Reports on military cantonments and civil stations in the Presidency of Bombay inspected by the Sanitary Commissioner in the years 1875 and 1876
Year: 1875
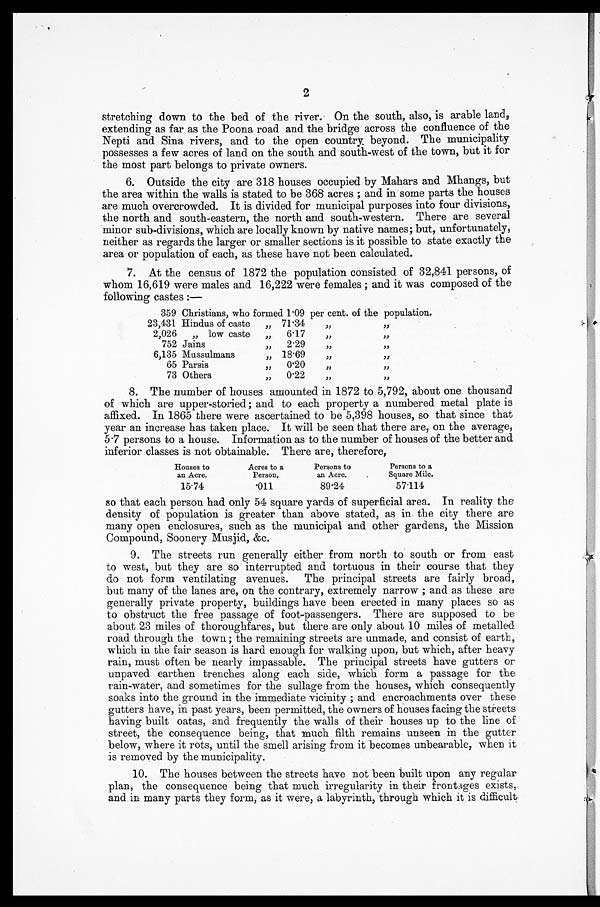
2
stretching down to the bed of the river. On the south, also, is arable land,
extending as far as the Poona road and the bridge across the confluence of the
Nepti and Sina rivers, and to the open country beyond. The municipality
possesses a few acres of land on the south and south-west of the town, but it for
the most part belongs to private owners.
6. Outside the city are 318 houses occupied by Mahars and Mhangs, but
the area within the walls is stated to be 368 acres; and in some parts the houses
are much overcrowded. It is divided for municipal purposes into four divisions,
the north and south-eastern, the north and south-western. There are several
minor sub-divisions, which are locally known by native names; but, unfortunately,
neither as regards the larger or smaller sections is it possible to state exactly the
area or population of each, as these have not been calculated.
7. At the census of 1872 the population consisted of 32,841 persons, of
whom 16,619 were males and 16,222 were females; and it was composed of the
following castes:—
359 Christians, who formed 1.09 per cent. of the population.
23,431 Hindus of caste „ 71.34
„ „
2,026
„
low caste „ 6.17
„ „
752 Jains „ 2.29
„ „
6,135 Mussulmans „ 18.69
„ „
65 Parsis „0.20 „ „
73 Others „ 0.22
„ „
8. The number of houses amounted in 1872 to 5,792, about one thousand
of which are upper-storied; and to each property a numbered metal plate is
affixed. In 1865 there were ascertained to be 5,398 houses, so that since that
year an increase has taken place. It will be seen that there are, on the average,
5.7 persons to a house. Information as to the number of houses of the better and
inferior classes is not obtainable. There are, therefore,
Houses to
an Acre.
Acres to a
Person.
Persons to
an Acre.
Persons to a
Square Mile.
15.74
. 0 1 1
89.24
57.114
so that each person had only 54 square yards of superficial area. In reality the
density of population is greater than above stated, as in the city there are
many open enclosures, such as the municipal and other gardens, the Mission
Compound, Soonery Musjid, &c.
9. The streets run generally either from north to south or from east
to west, but they are so interrupted and tortuous in their course that they
do not form ventilating avenues. The principal streets are fairly broad,
but many of the lanes are, on the contrary, extremely narrow; and as these are
generally private property, buildings have been erected in many places so as
to obstruct the free passage of foot-passengers. There are supposed to be
about 23 miles of thoroughfares, but there are only about 10 miles of metalled
road through the town; the remaining streets are unmade, and consist of earth,
which in the fair season is hard enough for walking upon, but which, after heavy
rain, must often be nearly impassable. The principal streets have gutters or
unpaved earthen trenches along each side, which form a passage for the
rain-water, and sometimes for the sullage from the houses, which consequently
soaks into the ground in the immediate vicinity; and encroachments over these
gutters have, in past years, been permitted, the owners of houses facing the streets
having built oatas, and frequently the walls of their houses up to the line of
street, the consequence being, that much filth remains unseen in the gutter
below, where it rots, until the smell arising from it becomes unbearable, when it
is removed by the municipality.
10. The houses between the streets have not been built upon any regular
plan, the consequence being that much irregularity in their frontages exists,
and in many parts they form, as it were, a labyrinth, through which it is difficult